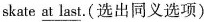
skate \underline{at last}.(选出同义选项)